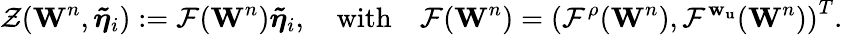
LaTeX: {\mathcal{Z}}(\mathbf{W}^{n},{\boldsymbol{\tilde{\eta}}}_{i}):={\mathbf{\mathcal{F}}}(\mathbf{W}^{n}){\boldsymbol{\tilde{\eta}}}_{i},\quad\mathrm{with}\quad\mathbf{\mathcal{F}}(\mathbf{W}^{n})=\left(\mathbf{\mathcal{F}}^{\rho}(\mathbf{W}^{n}),\mathbf{\mathcal{F}}^{\mathbf{w}_{\mathbf{u}}}(\mathbf{W}^{n})\right)^{T}.